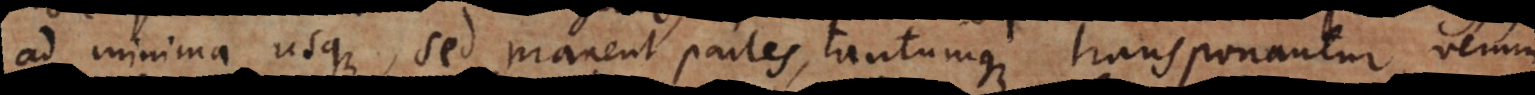
ad minima usque, sed manent partes, tantumque transponantur, verum